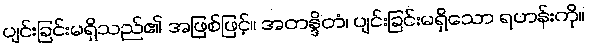
ပျင်းခြင်းမရှိသည်၏ အဖြစ်ဖြင့်။ အတန္ဒိတံ၊ ပျင်းခြင်းမရှိသော ရဟန်းကို။